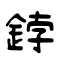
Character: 鋍